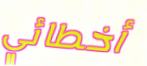
أخطائي